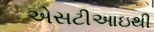
એસટીઆઇથી